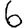
Digit: 6